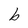
Character: b